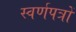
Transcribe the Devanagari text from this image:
स्वर्णपत्रों